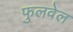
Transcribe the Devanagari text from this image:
फुलवेल